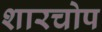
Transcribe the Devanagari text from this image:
शारचोप